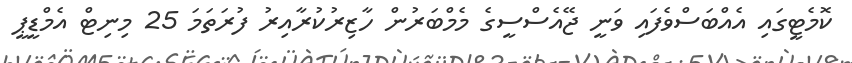
ކޮމެޓީގައި އެއްބަސްވެފައި ވަނީ ޖޭއެސްސީގެ މެމްބަރުން ހާޒިރުކުރާއިރު ފުރަތަމަ 25 މިނިޓް އެމްޑީޕީ